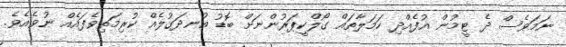
ނަމަވެސް ދެ ޓީމުން އުފެއްދި ހަމަލާތައް ގޯލްކީޕަރުންނަށް ބޮޑު އުނދަގުލެއް ކުރިމަތިވެފައެއް ނުވެއެވެ.